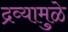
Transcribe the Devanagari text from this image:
द्रव्यामुळे